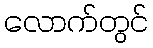
လောက်တွင်